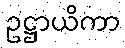
ဥဋ္ဌာယိကာ